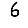
Digit: 6